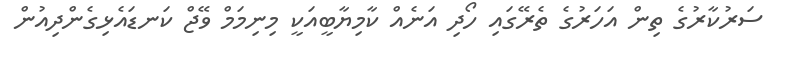
ސަރުކާރުގެ ތިން އަހަރުގެ ތެރޭގައި ހޯދި އަނެއް ކާމިޔާބީއަކީ މިނިމަމް ވޭޖް ކަނޑައެޅިގެންދިއުން